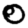
Digit: 0